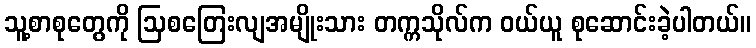
သူ့စာစုတွေကို ဩစတြေးလျအမျိုးသား တက္ကသိုလ်က ဝယ်ယူ စုဆောင်းခဲ့ပါတယ်။